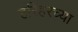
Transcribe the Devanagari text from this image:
हरिहरच्या